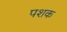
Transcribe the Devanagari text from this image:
पशक